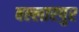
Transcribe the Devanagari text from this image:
बल्लारपुर